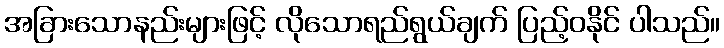
အခြားသောနည်းများဖြင့် လိုသောရည်ရွယ်ချက် ပြည့်ဝနိုင် ပါသည်။